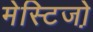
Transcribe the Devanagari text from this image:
मेस्टिजो़